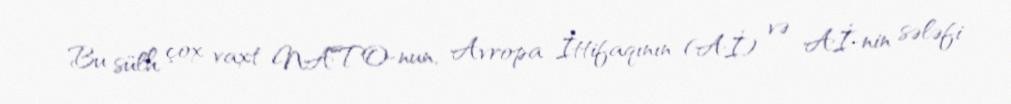
Bu sülh çox vaxt NATO-nun, Avropa İttifaqının (Aİ) və Aİ-nin sələfi